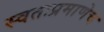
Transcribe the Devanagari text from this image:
स्वतःप्रमाणेच